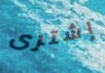
إشترى